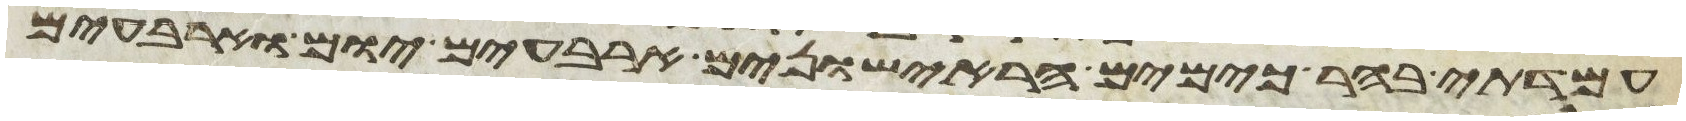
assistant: עמדתי בהר כימים הראישונים ארבעים יום וארבעים